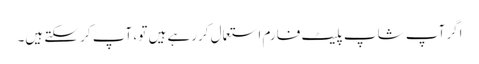
اگر آپ شاپ پلیٹ فارم استعمال کررہے ہیں تو ، آپ کر سکتے ہیں۔